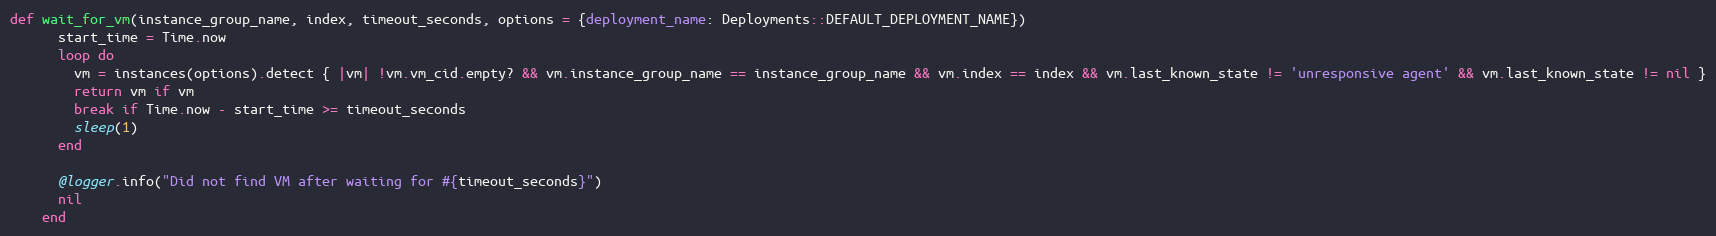
Language: Ruby
def wait_for_vm(instance_group_name, index, timeout_seconds, options = {deployment_name: Deployments::DEFAULT_DEPLOYMENT_NAME})
      start_time = Time.now
      loop do
        vm = instances(options).detect { |vm| !vm.vm_cid.empty? && vm.instance_group_name == instance_group_name && vm.index == index && vm.last_known_state != 'unresponsive agent' && vm.last_known_state != nil }
        return vm if vm
        break if Time.now - start_time >= timeout_seconds
        sleep(1)
      end

      @logger.info("Did not find VM after waiting for #{timeout_seconds}")
      nil
    end